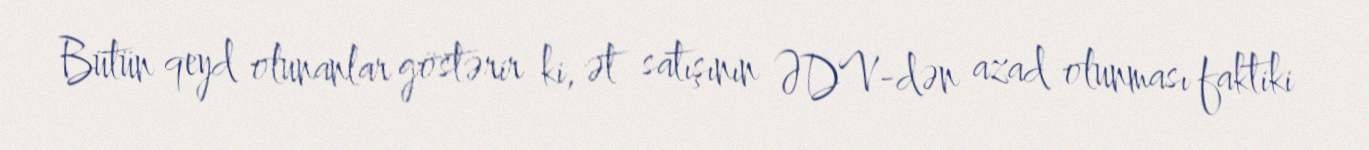
Bütün qeyd olunanlar göstərir ki, ət satışının ƏDV-dən azad olunması faktiki